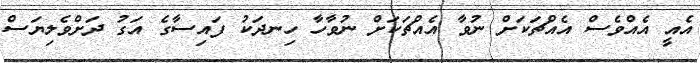
އެއީ އެއްވެސް އެއްޗަކަށް ނުވާ އެއްޗަކަށް ނުވާހާ ހިނދަކު ފައިސާގެ އަގު ދަށްވެލިޔަސް